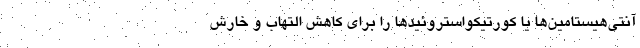
آنتی‌هیستامین‌ها یا کورتیکواستروئیدها را برای کاهش التهاب و خارش